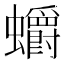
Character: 𲀓